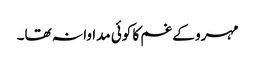
مہرو کے غم کا کوئی مداوا نہ تھا۔